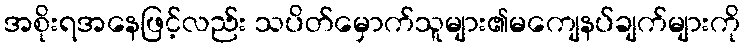
အစိုးရအနေဖြင့်လည်း သပိတ်မှောက်သူများ၏မကျေနပ်ချက်များကို